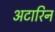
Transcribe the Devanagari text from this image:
अटारिन